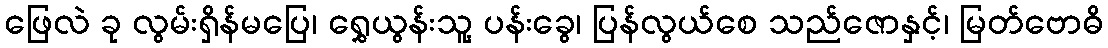
ဖြေလဲ ခု လွမ်းရှိန်မပြေ၊ ရွှေယွန်းသူ့ ပန်းခွေ၊ ပြန်လွယ်စေ သည်ဇောနှင့်၊ မြတ်ဗောဓိ